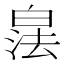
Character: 𪾁